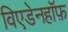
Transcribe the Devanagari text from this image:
विएडेनहॉफ़